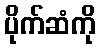
ပိုက်ဆံကို